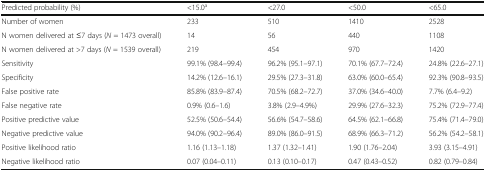
| Predicted probability (%) | <15.0a | <27.0 | <50.0 | <65.0 |
 | --- | --- | --- | --- | --- |
 | Number of women | 233 | 510 | 1410 | 2528 |
 | N women delivered at ≤7 days (N = 1473 overall) | 14 | 56 | 440 | 1108 |
 | N women delivered at >7 days (N = 1539 overall) | 219 | 454 | 970 | 1420 |
 | Sensitivity | 99.1% (98.4–99.4) | 96.2% (95.1–97.1) | 70.1% (67.7–72.4) | 24.8% (22.6–27.1) |
 | Specificity | 14.2% (12.6–16.1) | 29.5% (27.3–31.8) | 63.0% (60.0–65.4) | 92.3% (90.8–93.5) |
 | False positive rate | 85.8% (83.9–87.4) | 70.5% (68.2–72.7) | 37.0% (34.6–40.0) | 7.7% (6.4–9.2) |
 | False negative rate | 0.9% (0.6–1.6) | 3.8% (2.9–4.9%) | 29.9% (27.6–32.3) | 75.2% (72.9–77.4) |
 | Positive predictive value | 52.5% (50.6–54.4) | 56.6% (54.7–58.6) | 64.5% (62.1–66.8) | 75.4% (71.4–79.0) |
 | Negative predictive value | 94.0% (90.2–96.4) | 89.0% (86.0–91.5) | 68.9% (66.3–71.2) | 56.2% (54.2–58.1) |
 | Positive likelihood ratio | 1.16 (1.13–1.18) | 1.37 (1.32–1.41) | 1.90 (1.76–2.04) | 3.93 (3.15–4.91) |
 | Negative likelihood ratio | 0.07 (0.04–0.11) | 0.13 (0.10–0.17) | 0.47 (0.43–0.52) | 0.82 (0.79–0.84) |